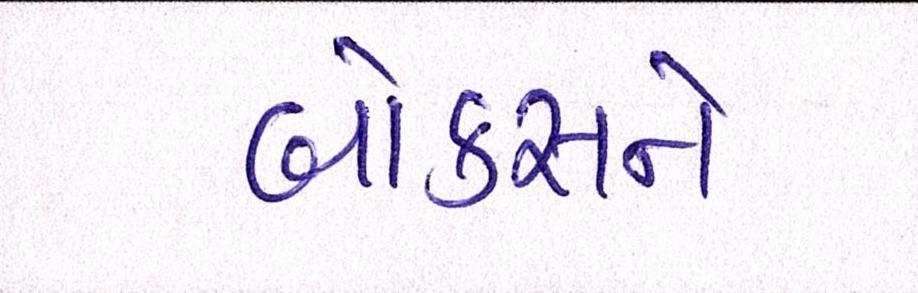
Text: બોક્સને